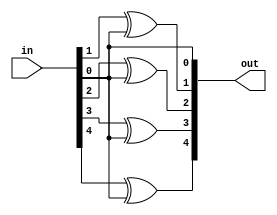
module qcnot(
    input [4:0] in,
    output [4:0] out
    );
assign out[0] = in[0];
assign out[1] = in[1] ^ in[0];
assign out[2] = in[2] ^ in[0];
assign out[3] = in[3] ^ in[0];
assign out[4] = in[4] ^ in[0];

endmodule